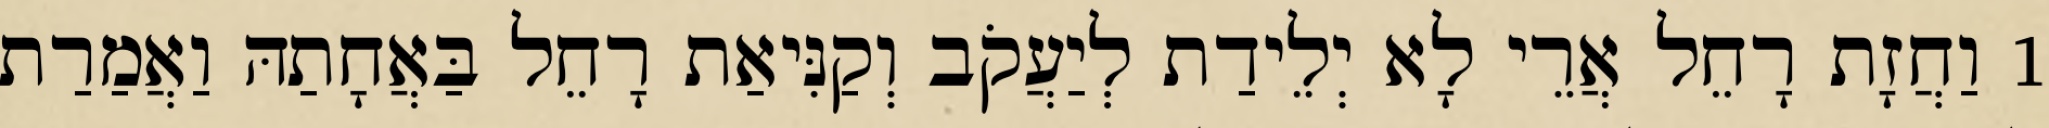
1 וַחֲזָת רָחֵל אֲרֵי לָא יְלֵידַת לְיַעֲקֹב וְקַנִּיאַת רָחֵל בַּאֲחָתַהּ וַאֲמַרַת